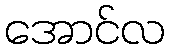
အောင်လ